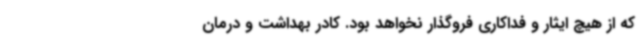
که از هیچ ایثار و فداکاری فروگذار نخواهد بود. کادر بهداشت و درمان